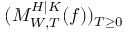
( M _ { W , T } ^ { H | K } ( f ) ) _ { T \geq 0 }